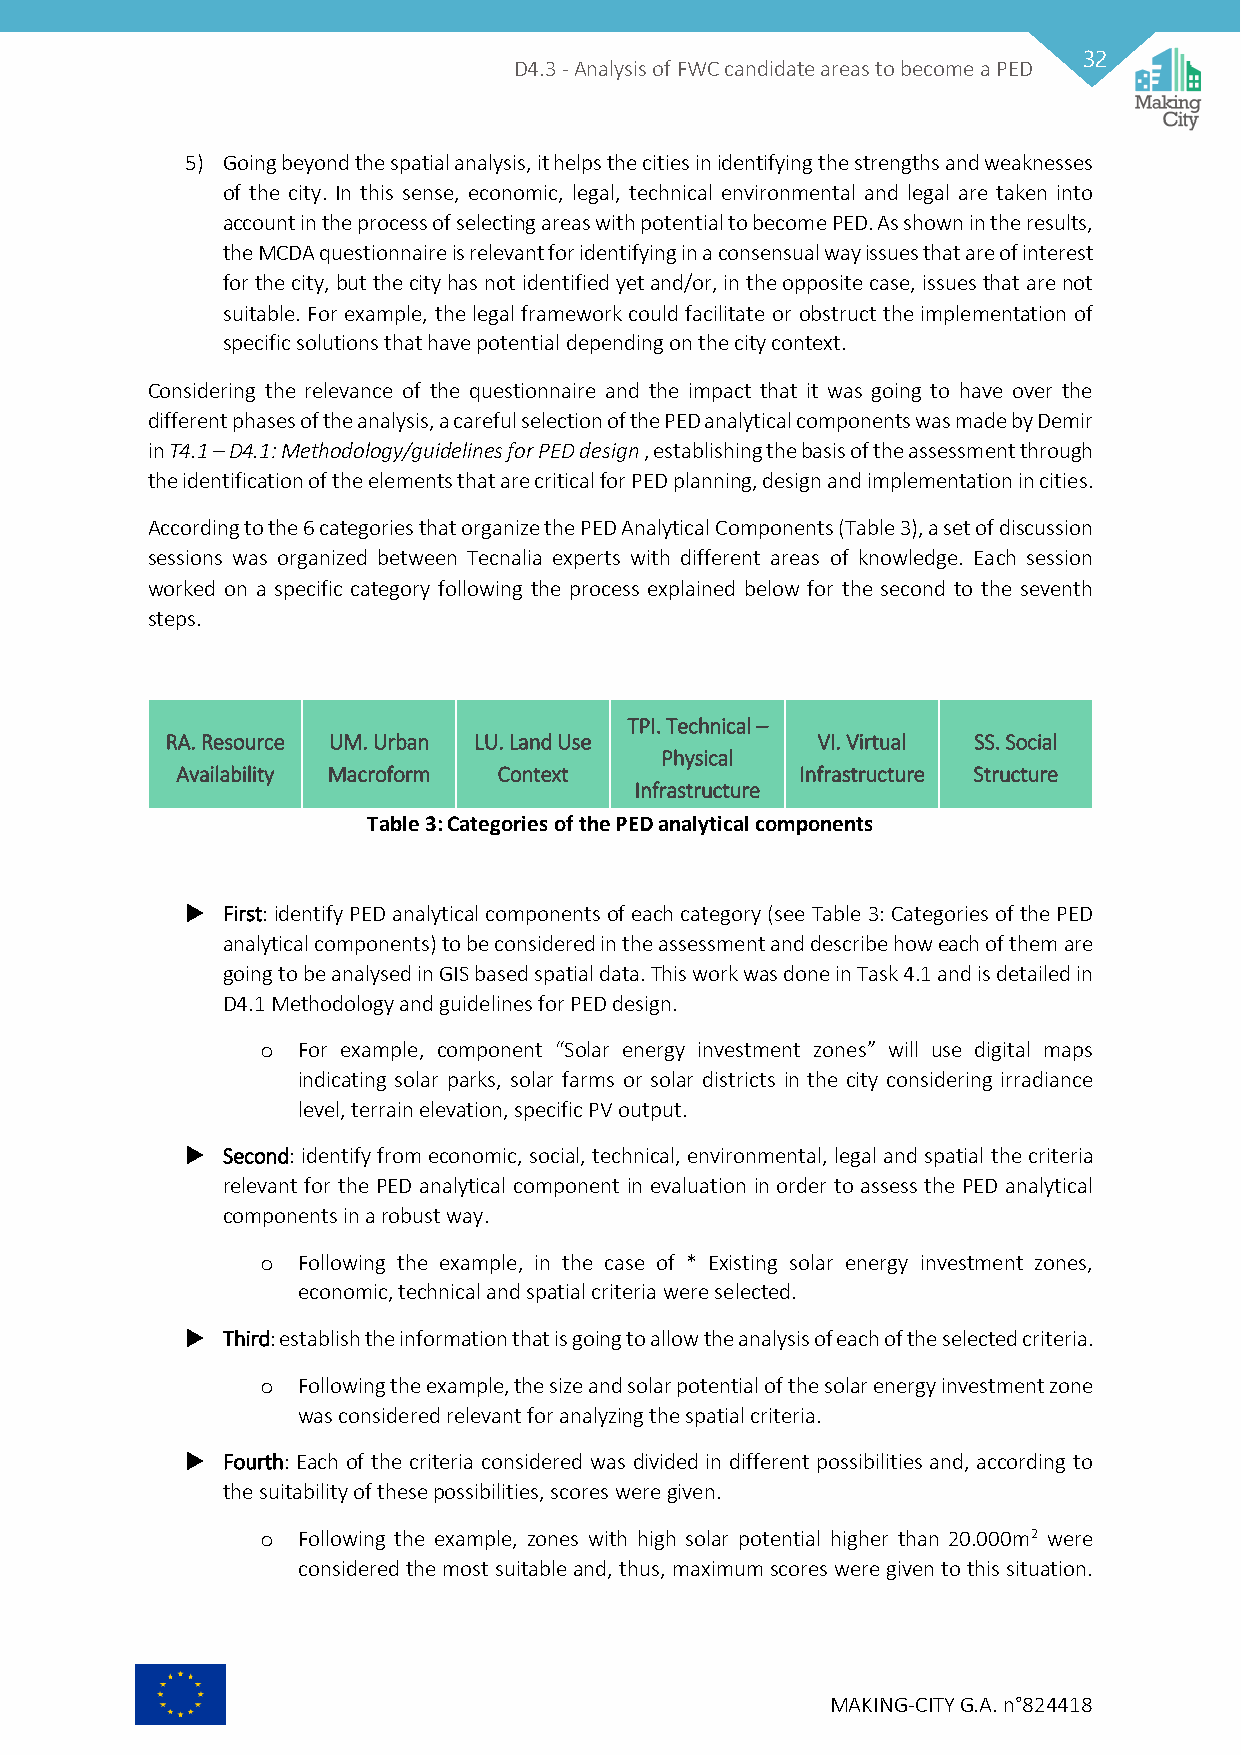
32
 D4.3 - Analysis of FWC candidate areas to become a PED
 5) Going beyond the spatial analysis, it helps the cities in identifying the strengths and weaknesses
 of the city. In this sense, economic, legal, technical environmental and legal are taken into
 account in the process of selecting areas with potential to become PED. As shown in the results,
 the MCDA questionnaire is relevant for identifying in a consensual way issues that are of interest
 for the city, but the city has not identified yet and/or, in the opposite case, issues that are not
 suitable. For example, the legal framework could facilitate or obstruct the implementation of
 specific solutions that have potential depending on the city context.
 Considering the relevance of the questionnaire and the impact that it was going to have over the
 different phases of the analysis, a careful selection of the PED analytical components was made by Demir
 in T4.1 – D4.1: Methodology/guidelines for PED design , establishing the basis of the assessment through
 the identification of the elements that are critical for PED planning, design and implementation in cities.
 According to the 6 categories that organize the PED Analytical Components (Table 3), a set of discussion
 sessions was organized between Tecnalia experts with different areas of knowledge. Each session
 worked on a specific category following the process explained below for the second to the seventh
 steps.
 TPI. Technical –
 RA. Resource UM. Urban LU. Land Use        VI. Virtual SS. Social
 Physical
 Availability Macroform Context           Infrastructure Structure
 Infrastructure
 Table 3: Categories of the PED analytical components
   First: identify PED analytical components of each category (see Table 3: Categories of the PED
 analytical components) to be considered in the assessment and describe how each of them are
 going to be analysed in GIS based spatial data. This work was done in Task 4.1 and is detailed in
 D4.1 Methodology and guidelines for PED design.
 o  For example, component “Solar energy investment zones” will use digital maps
 indicating solar parks, solar farms or solar districts in the city considering irradiance
 level, terrain elevation, specific PV output.
   Second: identify from economic, social, technical, environmental, legal and spatial the criteria
 relevant for the PED analytical component in evaluation in order to assess the PED analytical
 components in a robust way.
 o  Following the example, in the case of * Existing solar energy investment zones,
 economic, technical and spatial criteria were selected.
   Third: establish the information that is going to allow the analysis of each of the selected criteria.
 o  Following the example, the size and solar potential of the solar energy investment zone
 was considered relevant for analyzing the spatial criteria.
   Fourth: Each of the criteria considered was divided in different possibilities and, according to
 the suitability of these possibilities, scores were given.
 o  Following the example, zones with high solar potential higher than 20.000m2 were
 considered the most suitable and, thus, maximum scores were given to this situation.
 MAKING-CITY G.A. n°824418